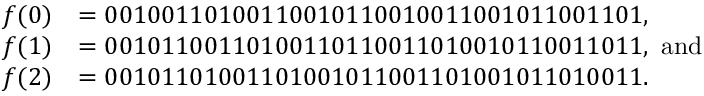
\begin{array} { r l } { f ( 0 ) } & { = 0 0 1 0 0 1 1 0 1 0 0 1 1 0 0 1 0 1 1 0 0 1 0 0 1 1 0 0 1 0 1 1 0 0 1 1 0 1 , } \\ { f ( 1 ) } & { = 0 0 1 0 1 1 0 0 1 1 0 1 0 0 1 1 0 1 1 0 0 1 1 0 1 0 0 1 0 1 1 0 0 1 1 0 1 1 , \mathrm { ~ a n d } } \\ { f ( 2 ) } & { = 0 0 1 0 1 1 0 1 0 0 1 1 0 1 0 0 1 0 1 1 0 0 1 1 0 1 0 0 1 0 1 1 0 1 0 0 1 1 . } \end{array}